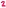
Text: 2